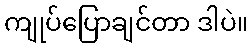
ကျုပ်ပြောချင်တာ ဒါပဲ။